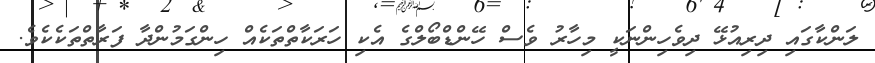
ލަންކާގައި ދިރިއުޅޭ ދިވެހިންނަކީ މިހާރު ވެސް ހޭންޑްބޯލްގެ އެކި ހަރަކާތްތަކެއް ހިންގަމުންދާ ފަރާތްތަކެކެވެ.